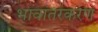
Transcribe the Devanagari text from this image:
भावांतरकरण